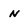
Character: N